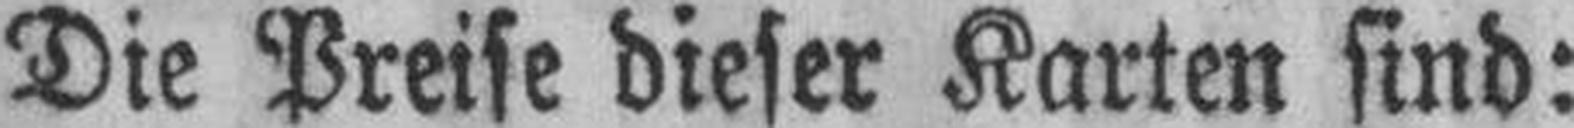
Die Preise dieser Karten sind: